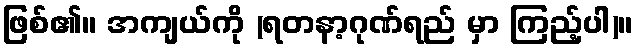
ဖြစ်၏။ အကျယ်ကို (ရတနာ့ဂုဏ်ရည် မှာ ကြည့်ပါ)။